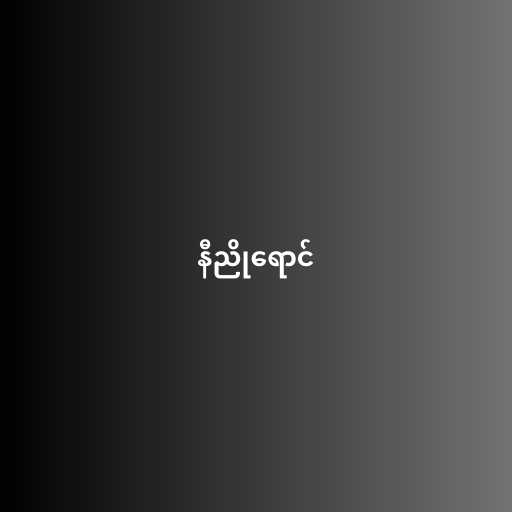
နီညိုရောင်